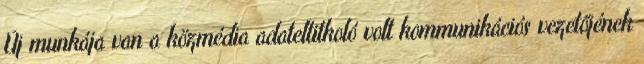
Új munkája van a közmédia adateltitkoló volt kommunikációs vezetőjének